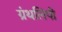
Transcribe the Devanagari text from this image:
ग्रंथलिपी